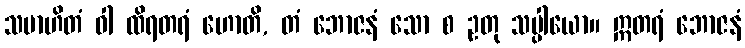
သမာဟိတံ ဝါ ထိရတရံ ဟောတိ, တံ ဘောဇနံ သော စ ဥတု သပ္ပါယော။ ဣတရံ ဘောဇနံ